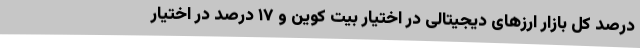
درصد کل بازار ارزهای دیجیتالی در اختیار بیت کوین و ۱۷ درصد در اختیار